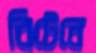
বিটেনে